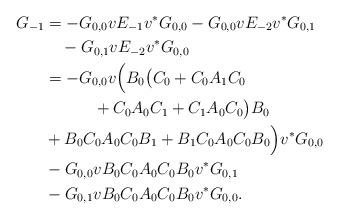
LaTeX: \begin{align*}G_{-1}&=-G_{0,0}vE_{-1}v^*G_{0,0}-G_{0,0}vE_{-2}v^*G_{0,1}\\&\quad-G_{0,1}vE_{-2}v^*G_{0,0}\\&=-G_{0,0}v\Bigl(B_0\bigl(C_0+C_0A_1C_0\\&\quad\qquad+C_0A_0C_1+C_1A_0C_0\bigr)B_0\\&+B_0C_0A_0C_0B_1+B_1C_0A_0C_0B_0\Bigr)v^*G_{0,0}\\&-G_{0,0}vB_0C_0A_0C_0B_0v^*G_{0,1}\\&-G_{0,1}vB_0C_0A_0C_0B_0v^*G_{0,0}.\end{align*}